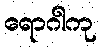
ရောဂါကု